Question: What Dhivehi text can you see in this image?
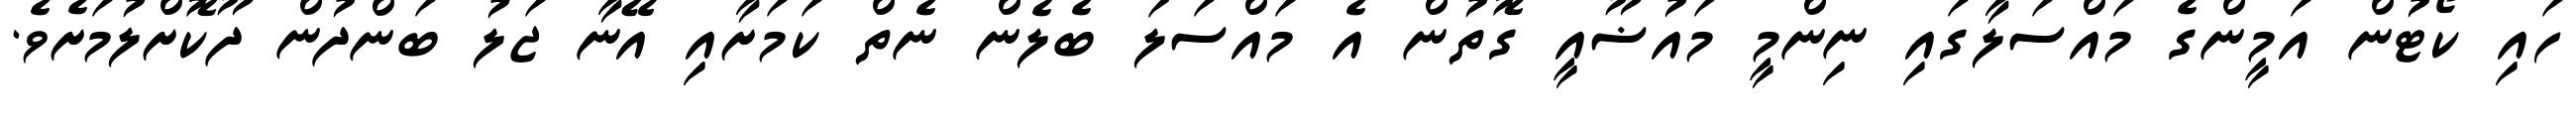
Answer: ހައި ކޯޓުން އަމީންގެ މައްސަލާގައި ނިންމީ މައުޟޫއީ ގޮތުން އެ މައްސަލަ ބެލެން ނެތް ކަމަށާއި އޭނާ ޖަލު ބަންދުން ދޫކޮށްލުމަށެވެ.